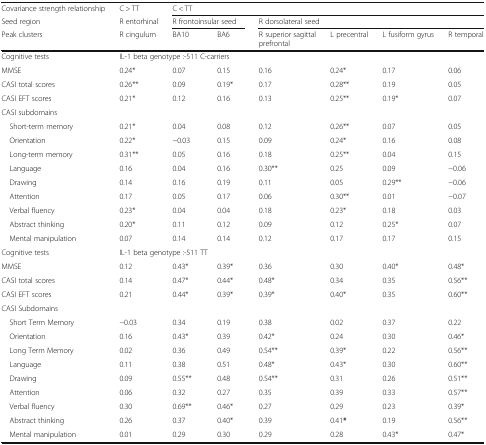
<table><thead><tr><td><b>Covariance strength relationship</b></td><td><b>C &gt; TT</b></td><td colspan="6"><b>C &lt; TT</b></td></tr><tr><td><b>Seed region</b></td><td><b>R entorhinal</b></td><td colspan="2"><b>R frontoinsular seed</b></td><td colspan="4"><b>R dorsolateral seed</b></td></tr><tr><td><b>Peak clusters</b></td><td><b>R cingulum</b></td><td><b>BA10</b></td><td><b>BA6</b></td><td><b>R superior sagittalprefrontal</b></td><td><b>L precentral</b></td><td><b>L fusiform gyrus</b></td><td><b>R temporal</b></td></tr></thead><tbody><tr><td>Cognitive tests</td><td colspan="7">IL-1 beta genotype :-511 C-carriers</td></tr><tr><td>MMSE</td><td>0.24*</td><td>0.07</td><td>0.15</td><td>0.16</td><td>0.24*</td><td>0.17</td><td>0.06</td></tr><tr><td>CASI total scores</td><td>0.26**</td><td>0.09</td><td>0.19*</td><td>0.17</td><td>0.28**</td><td>0.19</td><td>0.05</td></tr><tr><td>CASI EFT scores</td><td>0.21*</td><td>0.12</td><td>0.16</td><td>0.13</td><td>0.25**</td><td>0.19*</td><td>0.07</td></tr><tr><td colspan="8">CASI subdomains</td></tr><tr><td> Short-term memory</td><td>0.21*</td><td>0.04</td><td>0.08</td><td>0.12</td><td>0.26**</td><td>0.07</td><td>0.05</td></tr><tr><td> Orientation</td><td>0.22*</td><td>−0.03</td><td>0.15</td><td>0.09</td><td>0.24*</td><td>0.16</td><td>0.08</td></tr><tr><td> Long-term memory</td><td>0.31**</td><td>0.05</td><td>0.16</td><td>0.18</td><td>0.25**</td><td>0.04</td><td>0.15</td></tr><tr><td> Language</td><td>0.16</td><td>0.04</td><td>0.16</td><td>0.30**</td><td>0.25</td><td>0.09</td><td>−0.06</td></tr><tr><td> Drawing</td><td>0.14</td><td>0.16</td><td>0.19</td><td>0.11</td><td>0.05</td><td>0.29**</td><td>−0.06</td></tr><tr><td> Attention</td><td>0.17</td><td>0.05</td><td>0.17</td><td>0.06</td><td>0.30**</td><td>0.01</td><td>−0.07</td></tr><tr><td> Verbal fluency</td><td>0.23*</td><td>0.04</td><td>0.04</td><td>0.18</td><td>0.23*</td><td>0.18</td><td>0.03</td></tr><tr><td> Abstract thinking</td><td>0.20*</td><td>0.11</td><td>0.12</td><td>0.09</td><td>0.12</td><td>0.25*</td><td>0.07</td></tr><tr><td> Mental manipulation</td><td>0.07</td><td>0.14</td><td>0.14</td><td>0.12</td><td>0.17</td><td>0.17</td><td>0.15</td></tr><tr><td>Cognitive tests</td><td colspan="7">IL-1 beta genotype :-511 TT</td></tr><tr><td>MMSE</td><td>0.12</td><td>0.43*</td><td>0.39*</td><td>0.36</td><td>0.30</td><td>0.40*</td><td>0.48*</td></tr><tr><td>CASI total scores</td><td>0.14</td><td>0.47*</td><td>0.44*</td><td>0.48*</td><td>0.34</td><td>0.35</td><td>0.56**</td></tr><tr><td>CASI EFT scores</td><td>0.21</td><td>0.44*</td><td>0.39*</td><td>0.39*</td><td>0.40*</td><td>0.35</td><td>0.60**</td></tr><tr><td colspan="8">CASI Subdomains</td></tr><tr><td> Short Term Memory</td><td>−0.03</td><td>0.34</td><td>0.19</td><td>0.38</td><td>0.02</td><td>0.37</td><td>0.22</td></tr><tr><td> Orientation</td><td>0.16</td><td>0.43*</td><td>0.39</td><td>0.42*</td><td>0.24</td><td>0.30</td><td>0.46*</td></tr><tr><td> Long Term Memory</td><td>0.02</td><td>0.36</td><td>0.49</td><td>0.54**</td><td>0.39*</td><td>0.22</td><td>0.56**</td></tr><tr><td> Language</td><td>0.11</td><td>0.38</td><td>0.51</td><td>0.48*</td><td>0.43*</td><td>0.30</td><td>0.60**</td></tr><tr><td> Drawing</td><td>0.09</td><td>0.55**</td><td>0.48</td><td>0.54**</td><td>0.31</td><td>0.26</td><td>0.51**</td></tr><tr><td> Attention</td><td>0.06</td><td>0.32</td><td>0.27</td><td>0.35</td><td>0.39</td><td>0.33</td><td>0.57**</td></tr><tr><td> Verbal fluency</td><td>0.30</td><td>0.69**</td><td>0.46*</td><td>0.27</td><td>0.29</td><td>0.23</td><td>0.39*</td></tr><tr><td> Abstract thinking</td><td>0.26</td><td>0.37</td><td>0.40*</td><td>0.39</td><td>0.41<b>*</b></td><td>0.19</td><td>0.56**</td></tr><tr><td> Mental manipulation</td><td>0.01</td><td>0.29</td><td>0.30</td><td>0.29</td><td>0.28</td><td>0.43*</td><td>0.47*</td></tr></tbody></table>